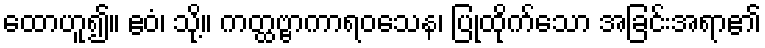
ထောဟူ၍။ ဧဝံ၊ သို့။ ကတ္ထဗ္ဗာကာရဝသေန၊ ပြုထိုက်သော အခြင်းအရာ၏